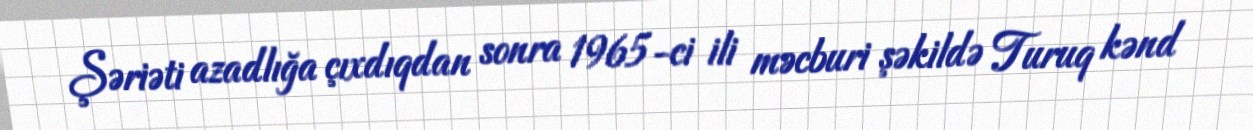
Şəriəti azadlığa çıxdıqdan sonra 1965-ci ili məcburi şəkildə Turuq kənd